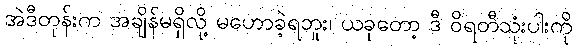
အဲဒီတုန်းက အချိန်မရှိလို့ မဟောခဲ့ရဘူး၊ ယခုတော့ ဒီ ဝိရတီသုံးပါးကို